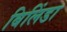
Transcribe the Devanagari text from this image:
बिलिंडा